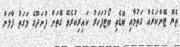
ތެޔޮ ޓޭންކަރެއް ގަތުމާއި ބޮޑެތި ބޯޓުފަހަރު ކައިރިކުރެވޭ ގޮތަށް ފުނަދޫގެ މަގަތު ފާލަން